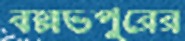
বল্লভপুরের